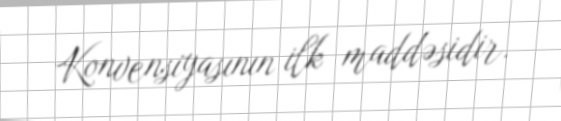
Konvensiyasının ilk maddəsidir.